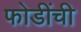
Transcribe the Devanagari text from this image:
फोडींची